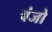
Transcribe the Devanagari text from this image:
बंजो